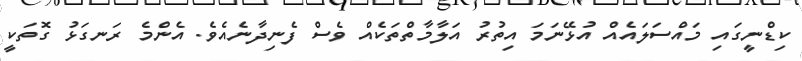
ކިޑްނީގައި މައްސަލައެއް އުޅޭނަމަ އިތުރު އަލާމާތްތަކެއް ވެސް ފެނިދާނެއެވެ. އެންމެ ރަނގަޅު ގޮތަކީ